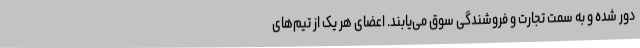
دور شده و به سمت تجارت و فروشندگی سوق می‌یابند. اعضای هر یک از تیم‌های